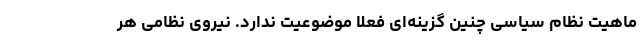
ماهیت نظام سیاسی چنین گزینه‌ای فعلا موضوعیت ندارد. نیروی نظامی هر